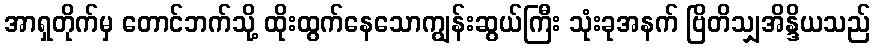
အာရှတိုက်မှ တောင်ဘက်သို့ ထိုးထွက်နေသောကျွန်းဆွယ်ကြီး သုံးခုအနက် ဗြိတိသျှအိန္ဒိယသည်